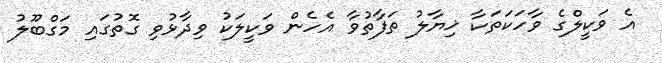
އެ ވަކީލްގެ ވާހަކަތަކާ ޚިޔާލު ތަފާތުވާ އެހެން ވަކީލަކު ވިދާޅުވި ގޮތުގައި މަގްބޫލު